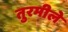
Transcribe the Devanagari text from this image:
तुरमीले